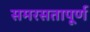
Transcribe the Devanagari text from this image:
समरसतापूर्ण